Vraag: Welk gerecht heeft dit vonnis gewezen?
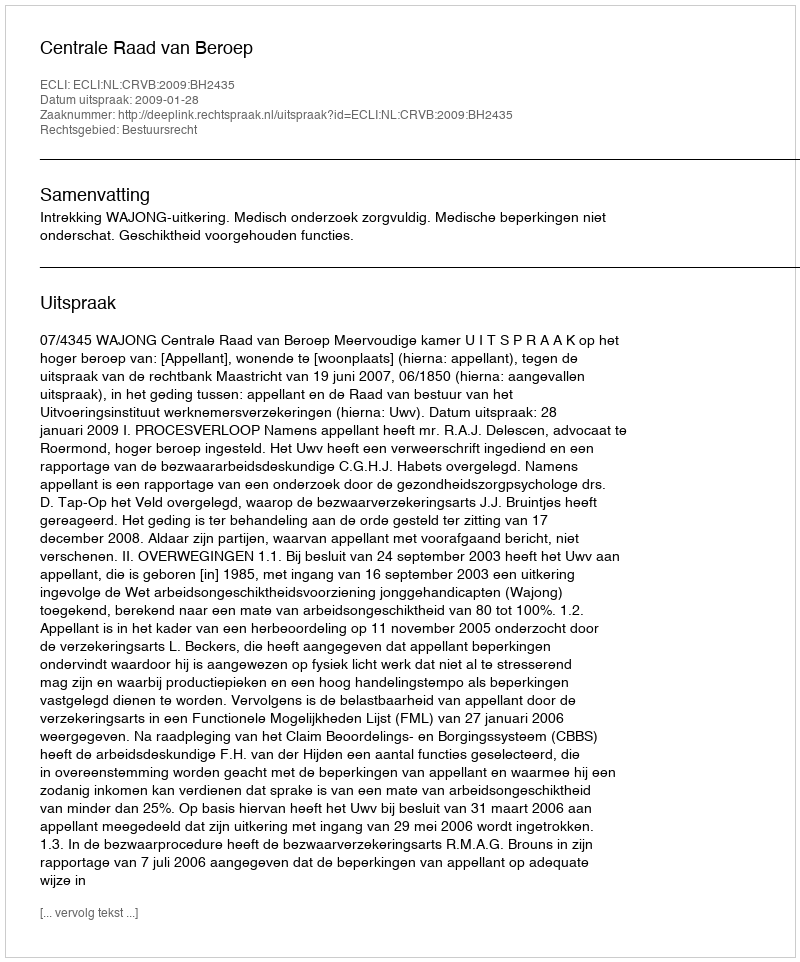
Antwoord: Centrale Raad van Beroep